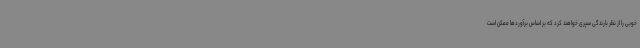
خوبی را از نظر بارندگی سپری خواهند کرد که بر اساس برآوردها ممکن است